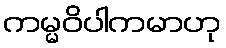
ကမ္မဝိပါကမာဟု